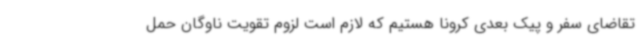
تقاضای سفر و پیک بعدی کرونا هستیم که لازم است لزوم تقویت ناوگان حمل